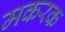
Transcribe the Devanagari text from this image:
मकरक